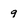
Character: 9